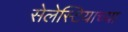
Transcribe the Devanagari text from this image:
सेलेस्टियाच्या